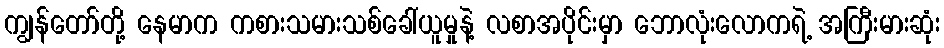
ကျွန်တော်တို့ နေမာက ကစားသမားသစ်ခေါ်ယူမှုနဲ့ လစာအပိုင်းမှာ ဘောလုံးလောကရဲ့ အကြီးမားဆုံး